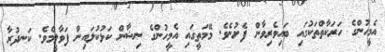
އެމީހުންގެ ހަރަކާތްތަކުގައި ބައިވެރިވާން ފެށުނެވެ. މޭމަތީގައި އެމީހުންގެ ނިޝާން ކަޅުކުލައިން ފަވާލީމެވެ. ކަނދުރާ